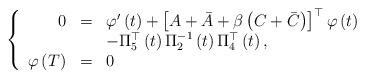
LaTeX: \begin{align*}\left\{\begin{array}{rcl}0 & = & \varphi ^{\prime }\left( t\right) +\left[ A+\bar{A}+\beta \left( C+\bar{C}\right) \right] ^{\top }\varphi \left( t\right) \\& & -\Pi _{5}^{\top }\left( t\right) \Pi _{2}^{-1}\left( t\right) \Pi_{4}^{\top }\left( t\right) , \\\varphi \left( T\right) & = & 0\end{array}\right. \end{align*}